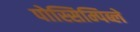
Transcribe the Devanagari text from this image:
पोस्सिम्पिब्ले